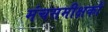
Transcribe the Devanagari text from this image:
मंचसमीक्षकों